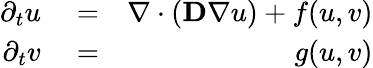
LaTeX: \begin{array}{rlr}{\partial_{t}u}&{{}=}&{\nabla\cdot(\mathbf{D}\nabla u)+f(u,v)}\\ {\partial_{t}v}&{{}=}&{g(u,v)}\end{array}